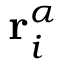
\mathbf { r } _ { i } ^ { \alpha }